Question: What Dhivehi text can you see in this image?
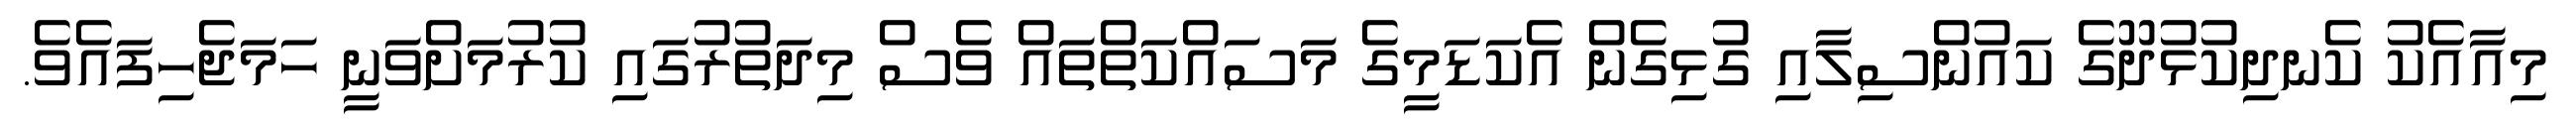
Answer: މިއާއެކު ކެނދިކުޅުދޫގެ ކައުންސިލާއި ގުޅިގެން އެކަޑަމީގެ މަސައްކަތްތައް ވެސް މިދަތުރުގައި ކުރުމަށްވަނީ ހަމަޖެހިފައެވެ.